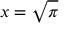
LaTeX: x = { \sqrt { \pi } }